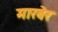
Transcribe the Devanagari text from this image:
मारबेर